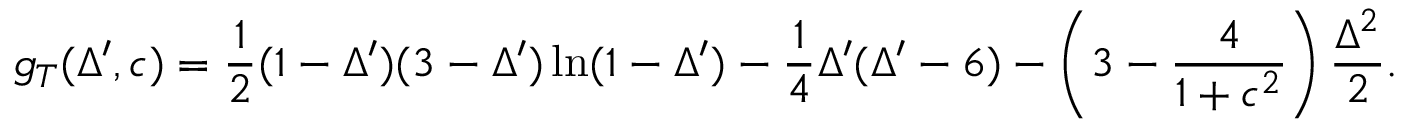
g _ { T } ( \Delta ^ { \prime } , c ) = \frac { 1 } { 2 } ( 1 - \Delta ^ { \prime } ) ( 3 - \Delta ^ { \prime } ) \ln ( 1 - \Delta ^ { \prime } ) - \frac { 1 } { 4 } \Delta ^ { \prime } ( \Delta ^ { \prime } - 6 ) - \left( 3 - \frac { 4 } { 1 + c ^ { 2 } } \right) \frac { \Delta ^ { 2 } } { 2 } .